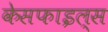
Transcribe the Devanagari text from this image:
केसफाइल्स